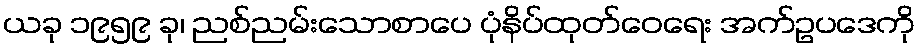
ယခု ၁၉၅၉ ခု၊ ညစ်ညမ်းသောစာပေ ပုံနိပ်ထုတ်ဝေရေး အက်ဥပဒေကို